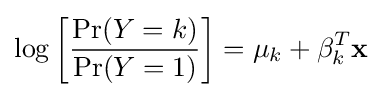
\log \left[{\frac {\Pr(Y=k)}{\Pr(Y=1)}}\right]=\mu _{k}+\mathbf {\beta } _{k}^{T}\mathbf {x}